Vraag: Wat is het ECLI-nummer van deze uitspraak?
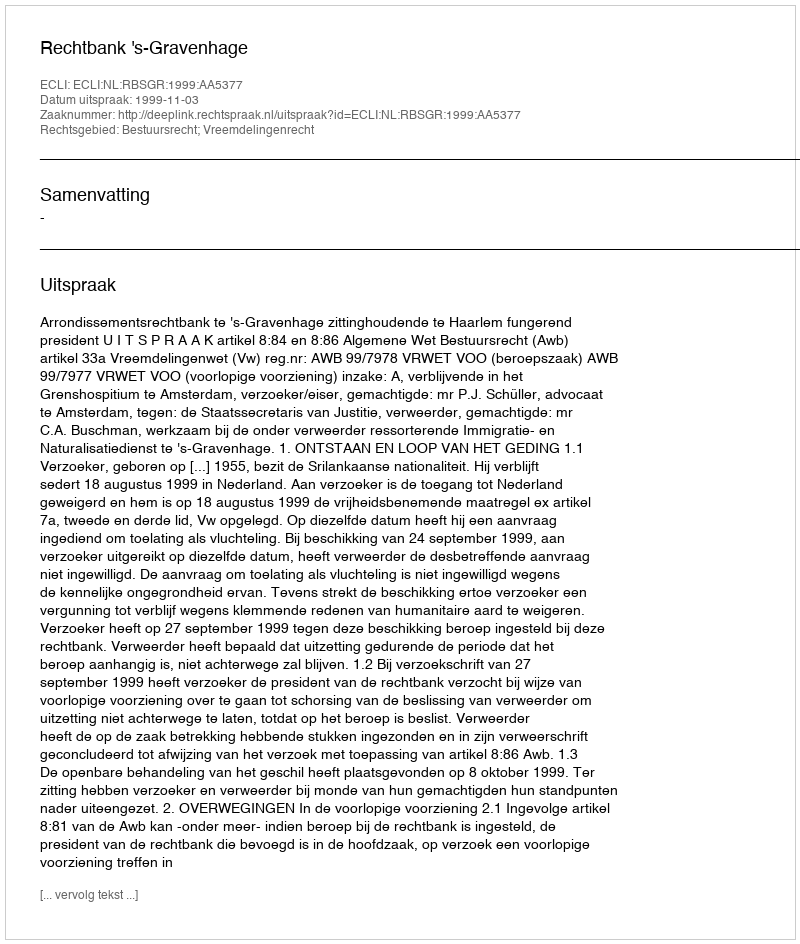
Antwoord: ECLI:NL:RBSGR:1999:AA5377